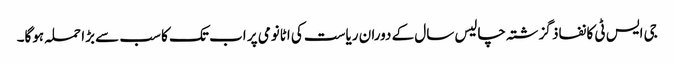
جی ایس ٹی کا نفاذ گزشتہ چالیس سال کے دوران ریاست کی اٹانومی پر اب تک کا سب سے بڑا حملہ ہوگا۔